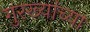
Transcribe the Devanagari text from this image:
गुरख्यांच्या